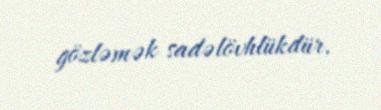
gözləmək sadəlövhlükdür.